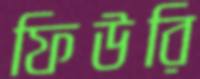
ফিউরি